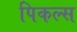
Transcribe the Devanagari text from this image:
पिकल्स